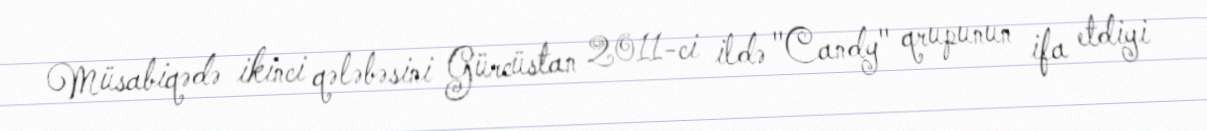
Müsabiqədə ikinci qələbəsini Gürcüstan 2011-ci ildə "Candy" qrupunun ifa etdiyi